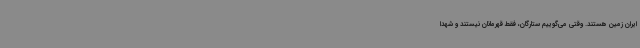
ایران زمین هستند. وقتی می‌گوییم ستارگان، فقط قهرمانان نیستند و شهدا